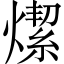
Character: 𤏦